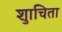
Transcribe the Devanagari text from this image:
शुाचिता